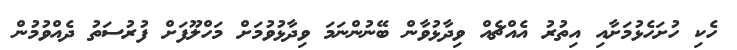
ހެކި ހުށަހެޅުމަށާއި އިތުރު އެއްޗެއް ވިދާޅުވާން ބޭނުންނަމަ ވިދާޅުވުމަށް މަހްލޫފަށް ފުރުސަތު ދެއްވުމުން